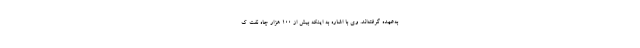
به‌عهده گرفته‌اند. وی با اشاره به اینکه بیش از ۱۰۰ هزار چاه نفت ک